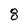
Character: 8